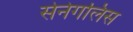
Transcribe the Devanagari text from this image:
सेनेगलिस